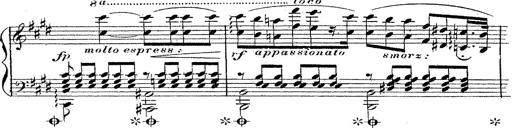
Title: 12 Lieder von Franz Schubert
Composer: Franz Liszt